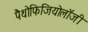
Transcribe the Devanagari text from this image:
पैथोफिजियोलॉजी